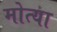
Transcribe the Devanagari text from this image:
मोत्या